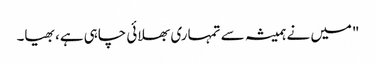
"میں نے ہمیشہ سے تمہاری بھلائی چاہی ہے، بھیا۔